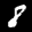
Label: 8